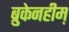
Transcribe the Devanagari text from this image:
ब्रुकेनहीम़